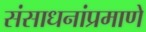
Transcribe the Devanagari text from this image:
संसाधनांप्रमाणे